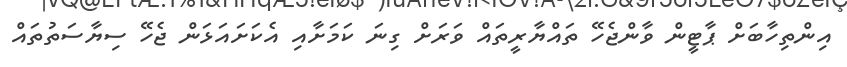
އިންތިހާބަށް ޕާޓީން ވާންޖެހޭ ތައްޔާރީތައް ވަރަށް ގިނަ ކަމަށާއި އެކަށައަޅަން ޖެހޭ ސިޔާސަތުތައް